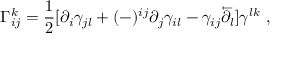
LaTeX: \Gamma _ { i j } ^ { k } = { \frac { 1 } { 2 } } [ \partial _ { i } \gamma _ { j l } + ( - ) ^ { i j } \partial _ { j } \gamma _ { i l } - \gamma _ { i j } \overleftarrow \partial _ { l } ] \gamma ^ { l k } \ ,